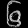
Digit: ၆